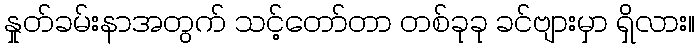
နှုတ်ခမ်းနာအတွက် သင့်တော်တာ တစ်ခုခု ခင်ဗျားမှာ ရှိလား။